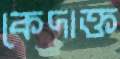
কেদাক্ত